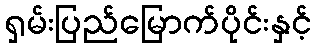
ရှမ်းပြည်မြောက်ပိုင်းနှင့်